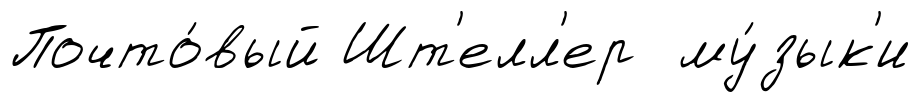
Почто́вый Шт'елл'ер му́зык'и